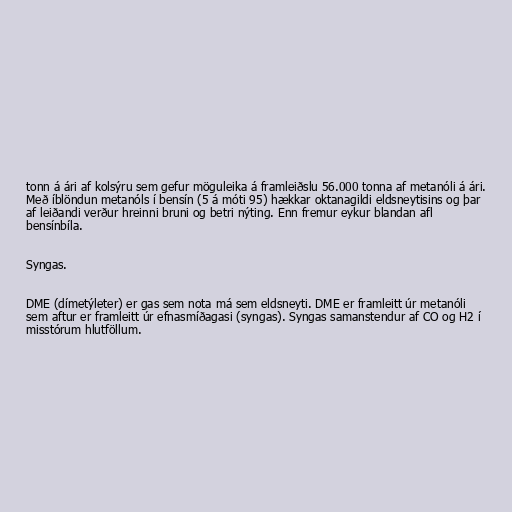
tonn á ári af kolsýru sem gefur möguleika á framleiðslu 56.000 tonna af metanóli á ári.
Með íblöndun metanóls í bensín (5 á móti 95) hækkar oktanagildi eldsneytisins og þar
af leiðandi verður hreinni bruni og betri nýting. Enn fremur eykur blandan afl
bensínbíla.

Syngas.

DME (dímetýleter) er gas sem nota má sem eldsneyti. DME er framleitt úr metanóli
sem aftur er framleitt úr efnasmíðagasi (syngas). Syngas samanstendur af CO og H2 í
misstórum hlutföllum.